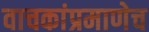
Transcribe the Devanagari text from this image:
वाचकांप्रमाणेच